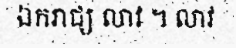
ឯករាជ្យ លាវ ។ លាវ